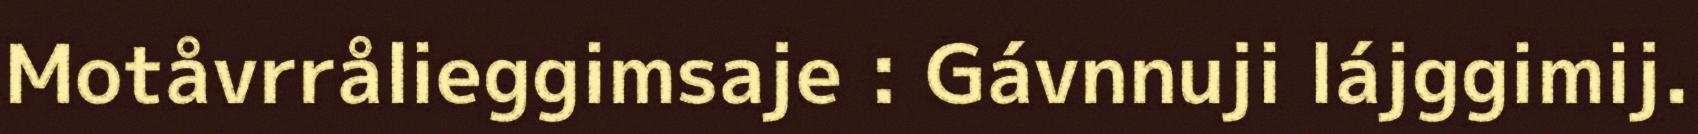
Motåvrrålieggimsaje : Gávnnuji lájggimij.